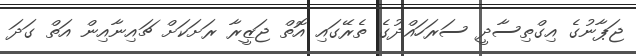
ޖަޕާނުގެ އިގްތިސާދީ ސަރަހައްދުގެ ތެރޭގައި އޮތް ޖަޒީރާ ރަށަކަށް ޗައިނާއިން އަތް ގަދަ